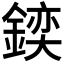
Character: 𨩌